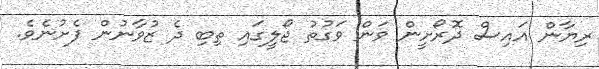
ރިޔާން އައިސް ދޮރޯށީން ވަން ވަގުތު ޖޯލީގައި ތިބި ދެ ޒުވާނުން ފެށުނެވެ.